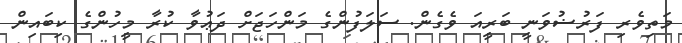
މަތިވެރި ފަރުޟުވަނީ ބަރީއަ ވެގެން. ސަލަފުންގެ މަންހަޖަށް ދަޢުވާ ކުރާ މީހުންގެ ކިބައިން